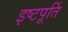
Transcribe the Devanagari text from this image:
इष्टपूर्ति